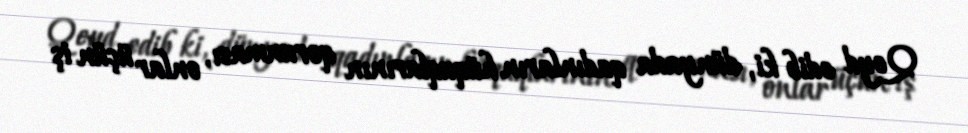
Qeyd edib ki, dünyada qadınların hüquqlarının qorunması, onlar üçün iş